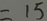
= 1 5